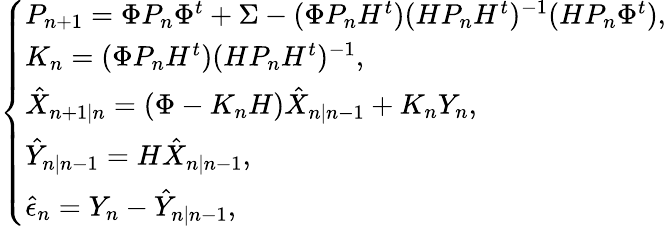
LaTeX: \begin{array}{r}{\left\{ \begin{array}{ll}{P_{n+1}=\Phi P_{n}\Phi^{t}+\Sigma-(\Phi P_{n}H^{t})(HP_{n}H^{t})^{-1}(HP_{n}\Phi^{t}),}\\ {K_{n}=(\Phi P_{n}H^{t})(HP_{n}H^{t})^{-1},}\\ {\hat{X}_{n+1|n}=(\Phi-K_{n}H)\hat{X}_{n|n-1}+K_{n}Y_{n},}\\ {\hat{Y}_{n|n-1}=H\hat{X}_{n|n-1},}\\ {\hat{\epsilon}_{n}=Y_{n}-\hat{Y}_{n|n-1},}\end{array}\right.}\end{array}